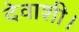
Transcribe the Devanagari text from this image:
देवाशी।